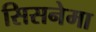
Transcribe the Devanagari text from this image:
सिसनेमा